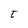
Character: t